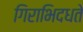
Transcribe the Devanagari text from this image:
गिराभिदधते